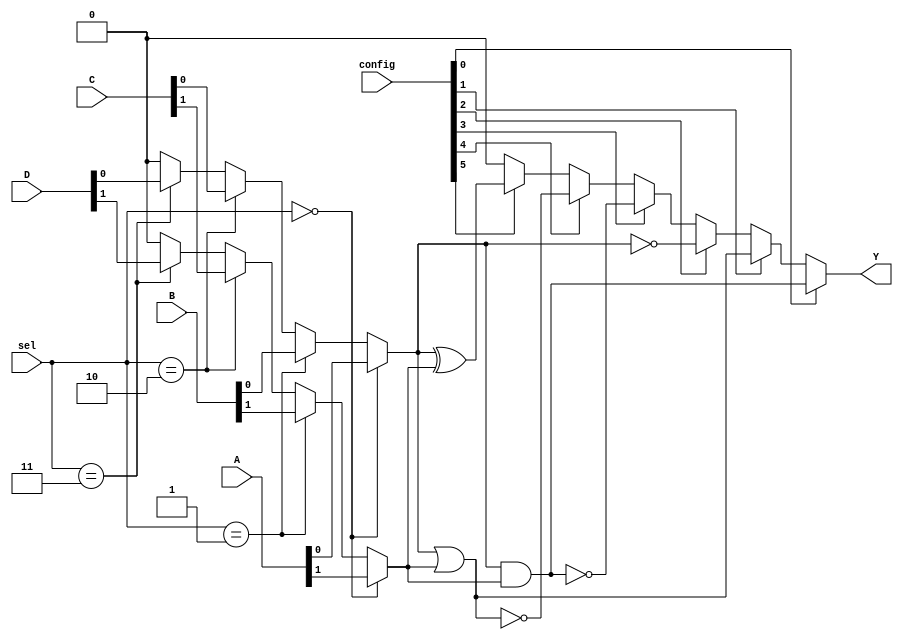
module CLB (
    input wire [3:0] A,        // 4-bit input
    input wire [3:0] B,        // 4-bit input
    input wire [3:0] C,        // 4-bit input
    input wire [3:0] D,        // 4-bit input
    input wire [7:0] config,   // Configuration bits for SRAM cells
    input wire [2:0] sel,       // Selector for MUX
    output wire Y              // Output
);

// Internal wires for MUX outputs
wire [3:0] mux_out;

// MUX implementation
assign mux_out[0] = (sel == 3'b000) ? A[0] :
                    (sel == 3'b001) ? B[0] :
                    (sel == 3'b010) ? C[0] :
                    (sel == 3'b011) ? D[0] : 1'b0;

assign mux_out[1] = (sel == 3'b000) ? A[1] :
                    (sel == 3'b001) ? B[1] :
                    (sel == 3'b010) ? C[1] :
                    (sel == 3'b011) ? D[1] : 1'b0;

assign mux_out[2] = (sel == 3'b000) ? A[2] :
                    (sel == 3'b001) ? B[2] :
                    (sel == 3'b010) ? C[2] :
                    (sel == 3'b011) ? D[2] : 1'b0;

assign mux_out[3] = (sel == 3'b000) ? A[3] :
                    (sel == 3'b001) ? B[3] :
                    (sel == 3'b010) ? C[3] :
                    (sel == 3'b011) ? D[3] : 1'b0;

// Logic function implementation based on SRAM configuration
assign Y = (config[0]) ? (mux_out[0] & mux_out[1]) :  // AND
          (config[1]) ? (mux_out[0] | mux_out[1]) :  // OR
          (config[2]) ? ~mux_out[0] :                 // NOT
          (config[3]) ? ~(mux_out[0] & mux_out[1]) :  // NAND
          (config[4]) ? ~(mux_out[0] | mux_out[1]) :  // NOR
          (config[5]) ? (mux_out[0] ^ mux_out[1]) :  // XOR
          1'b0;                                        // Default case

endmodule